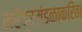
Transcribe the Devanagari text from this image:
नरेंद्रमंडळाकरितां